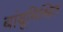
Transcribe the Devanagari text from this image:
बांबूमिश्रित